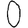
Digit: 0